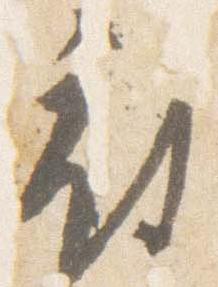
府